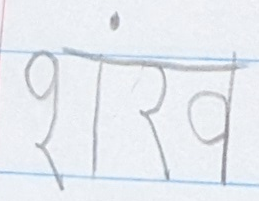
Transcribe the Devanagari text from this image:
शंखव